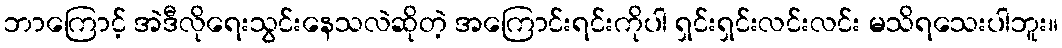
ဘာကြောင့် အဲဒီလိုရေးသွင်းနေသလဲဆိုတဲ့ အကြောင်းရင်းကိုပါ ရှင်းရှင်းလင်းလင်း မသိရသေးပါဘူး။